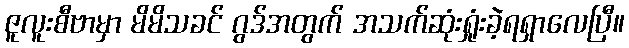
ဇူလူးစီဗာမှာ မိမိသခင် ဂွဒ်အတွက် အသက်ဆုံးရှုံးခဲ့ရရှာလေပြီ။